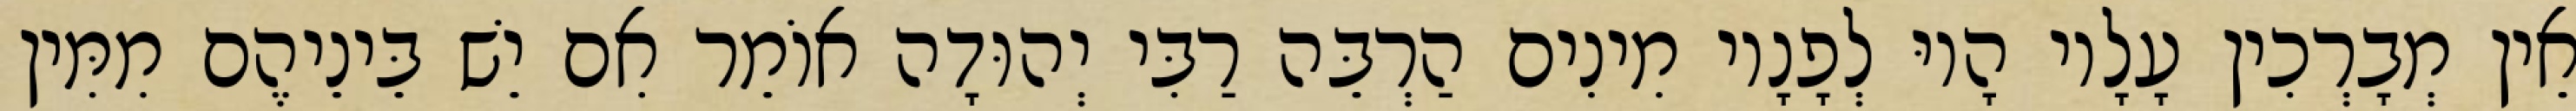
אֵין מְבָרְכִין עָלָיו הָיוּ לְפָנָיו מִינִים הַרְבֵּה רַבִּי יְהוּדָה אוֹמֵר אִם יֵשׁ בֵּינֵיהֶם מִמִּין